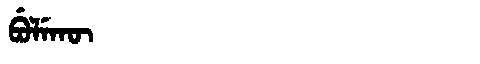
Manchu: ᠪᡠᠯᡝᡴᡡ
Romanization: BULEKŪ